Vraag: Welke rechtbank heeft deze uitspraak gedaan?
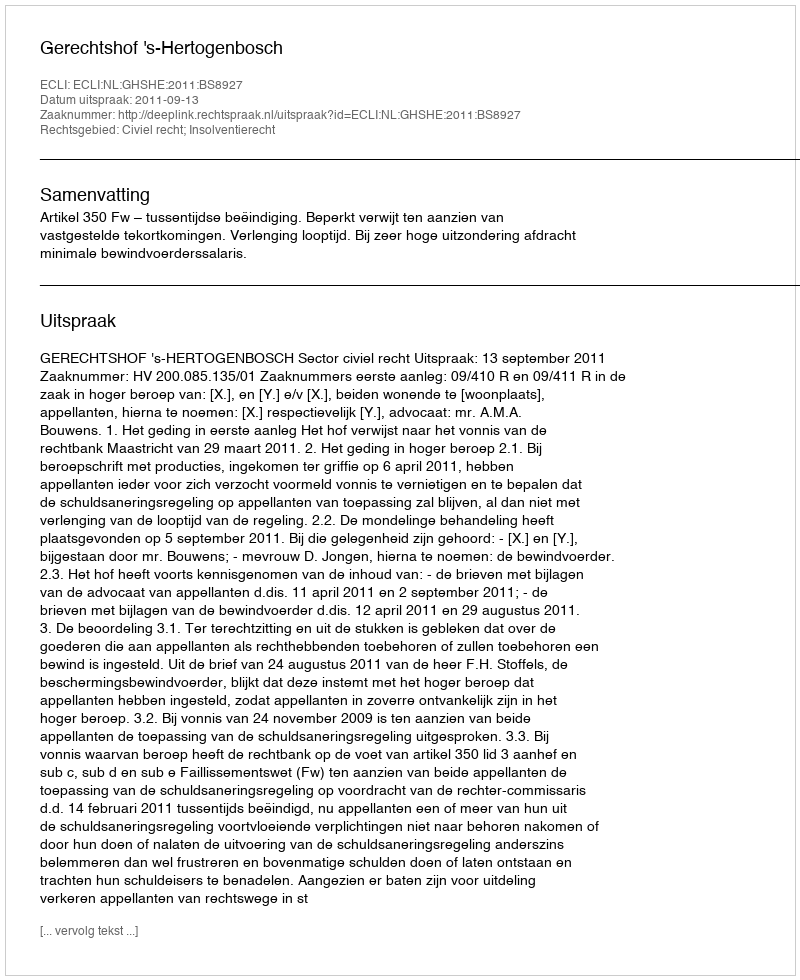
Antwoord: Gerechtshof 's-Hertogenbosch